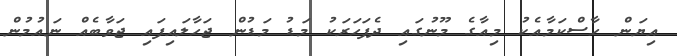
އިޔަން ހާސްކަމާއެކު މިއާގެ މޫނުގައި ދެފަހަރަކު މަޑު މަޑުން ޖަހާލައިފައި ޖަވާބެއް ނައުމުން